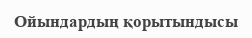
Ойындардың қорытындысы